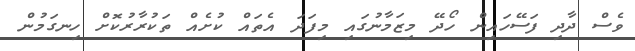
ވެސް ދާދި ފަސޭހައިން ހޯދޭ މިޒަމާނުގައި މިފަދަ އެތައް ކުށެއް ތަކުރާރުކޮށް ހިނގަމުން